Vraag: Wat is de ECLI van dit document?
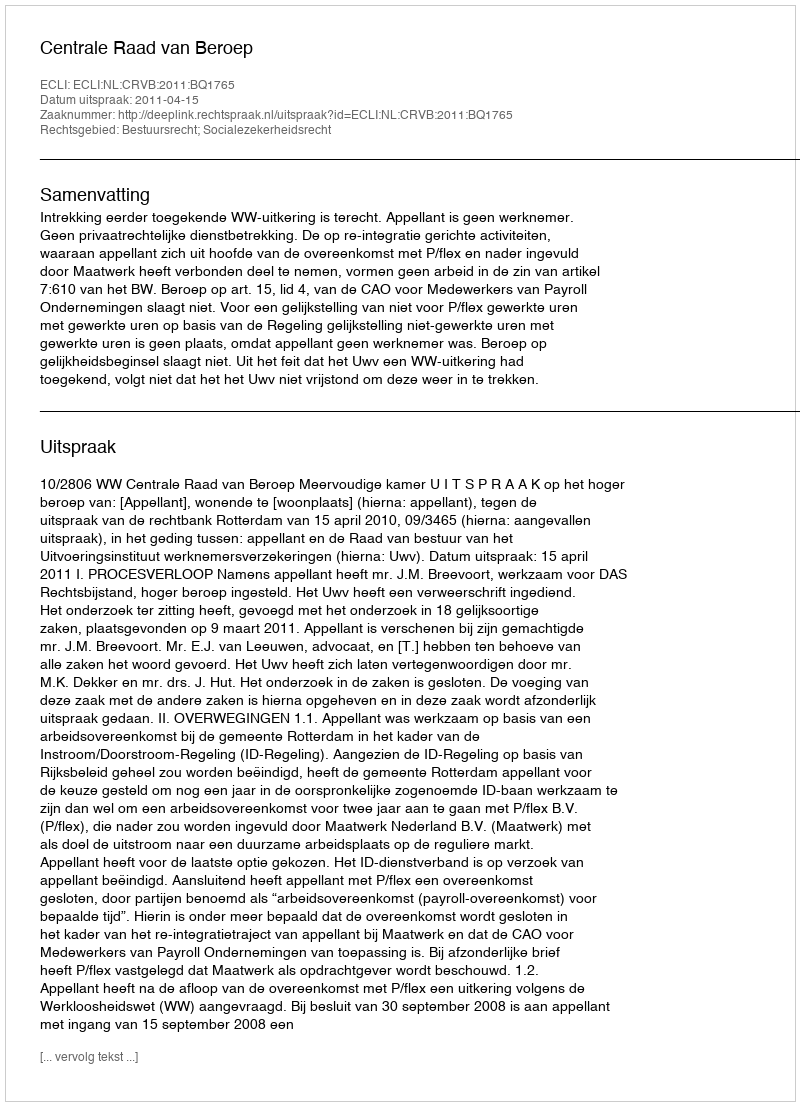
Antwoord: ECLI:NL:CRVB:2011:BQ1765